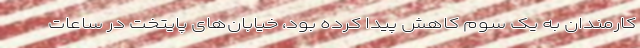
کارمندان به یک سوم کاهش پیدا کرده بود، خیابان‌های پایتخت در ساعات